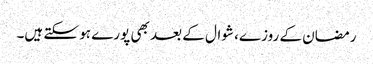
رمضان کے روزے، شوال کے بعد بھی پورے ہو سکتے ہیں۔